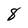
Character: 8